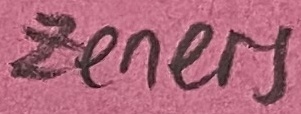
Text: zeners